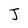
Character: J